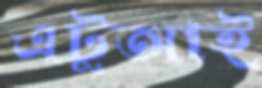
এটুআই